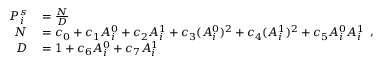
\begin{array} { r l } { P _ { i } ^ { s } } & { { } = \frac { N } { D } } \\ { N } & { { } = c _ { 0 } + c _ { 1 } A _ { i } ^ { 0 } + c _ { 2 } A _ { i } ^ { 1 } + c _ { 3 } ( A _ { i } ^ { 0 } ) ^ { 2 } + c _ { 4 } ( A _ { i } ^ { 1 } ) ^ { 2 } + c _ { 5 } A _ { i } ^ { 0 } A _ { i } ^ { 1 } } \\ { D } & { { } = 1 + c _ { 6 } A _ { i } ^ { 0 } + c _ { 7 } A _ { i } ^ { 1 } } \end{array} ,